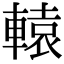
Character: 轅